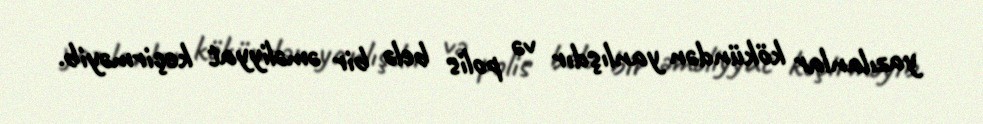
yazılanlar kökündən yanlışdır və polis belə bir əməliyyat keçirməyib.